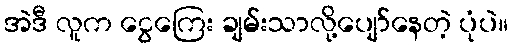
အဲဒီ လူက ငွေကြေး ချမ်းသာလို့ပျော်နေတဲ့ ပုံပဲ။